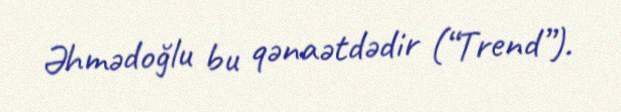
Əhmədoğlu bu qənaətdədir (“Trend”).